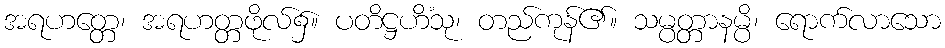
အရဟတ္တေ၊ အရဟတ္တဖိုလ်၌။ ပတိဋ္ဌဟိံသု၊ တည်ကုန်၏။ သမ္ပတ္တာနမ္ပိ၊ ရောက်လာသော